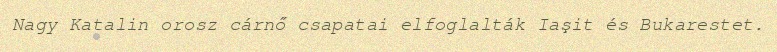
Nagy Katalin orosz cárnő csapatai elfoglalták Iaşit és Bukarestet.